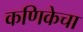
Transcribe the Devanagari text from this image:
कणिकेचा